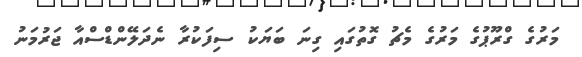
މަރުގެ ގްރޫޕުގެ މަރުގެ މެޗު ގޮތުގައި ގިނަ ބަޔަކު ސިފަކުރާ ނެދަލޭންޑްސްއާ ޖަރުމަނު